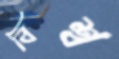
বিশ্ব